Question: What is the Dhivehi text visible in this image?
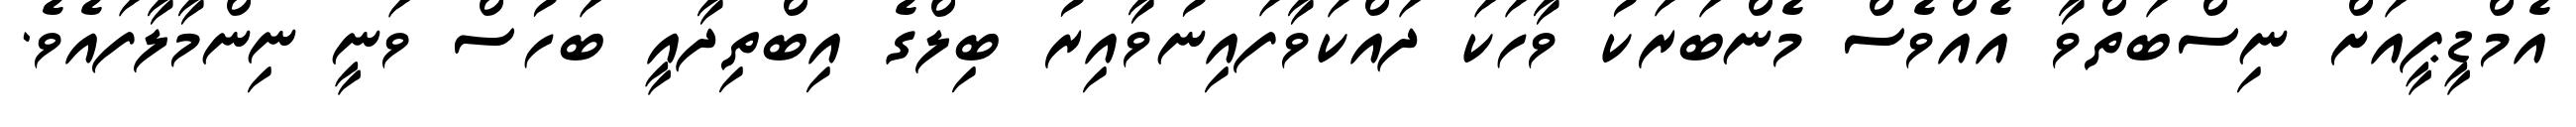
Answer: އެމްޑީޕީއަށް ނިސްބަތްވާ އެއްވެސް މެންބަރަކު ވާހަކަ ދައްކަވާފައިނުވާއިރު ބިލްގެ އިބްތިދާއީ ބަހުސް ވަނީ ނިންމާލާފައެވެ.